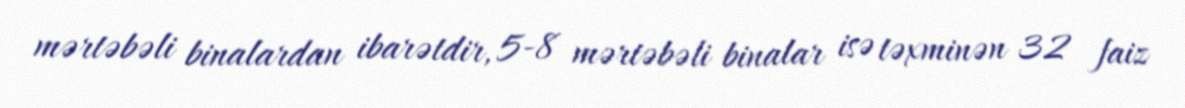
mərtəbəli binalardan ibarətdir, 5-8 mərtəbəli binalar isə təxminən 32 faiz